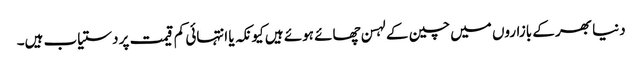
دنیا بھر کے بازاروں میں چین کے لہسن چھائے ہوئے ہیں کیونکہ یا انتہائی کم قیمت پر دستیاب ہیں۔